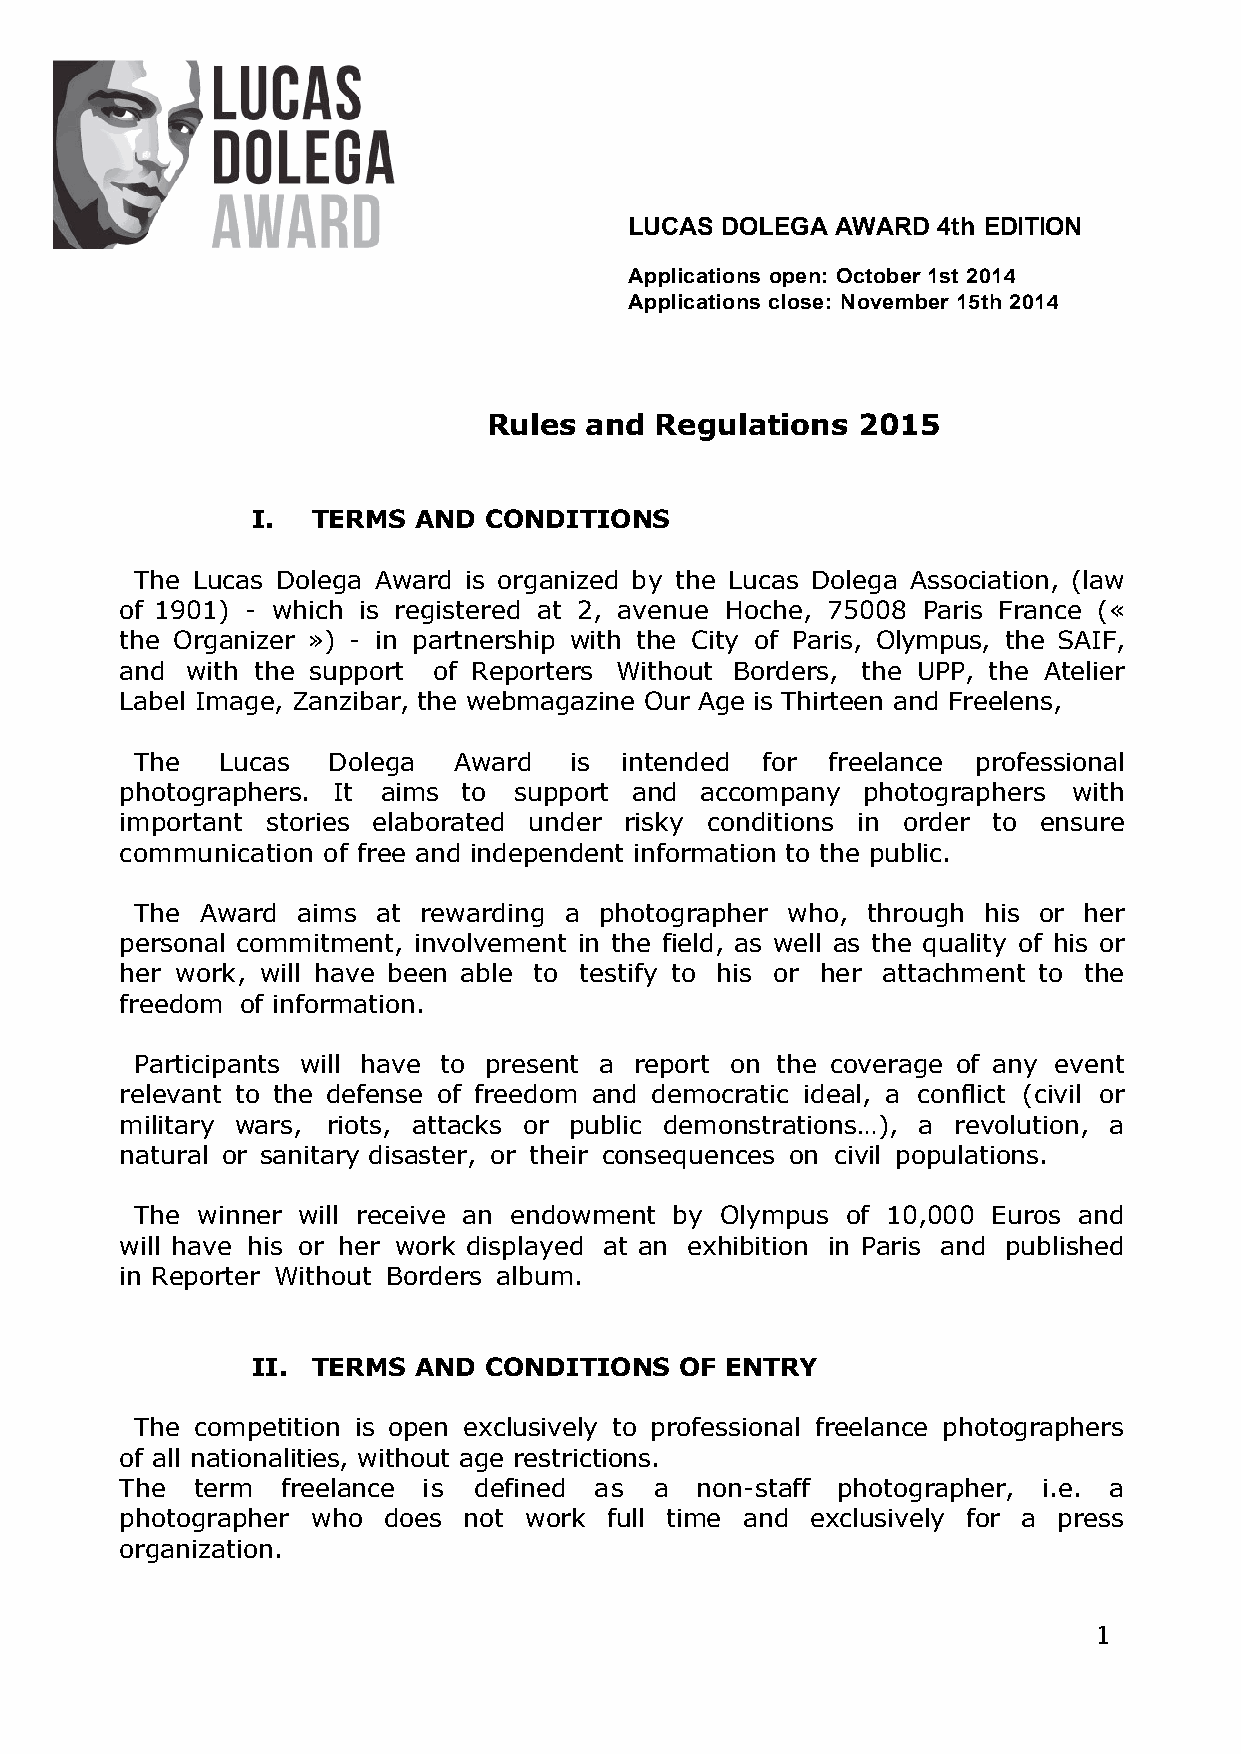
LUCAS DOLEGA AWARD  4th EDITION
 Applications open: October 1st 2014
 Applications close: November 15th 2014
 Rules  and Regulations   2015
 I.  TERMS AND  CONDITIONS
 The Lucas Dolega Award is organized by the Lucas Dolega Association, (law
 of 1901) - which is registered at 2, avenue Hoche, 75008 Paris France («
 the Organizer ») - in partnership with the City of Paris, Olympus, the SAIF,
 and with the support of Reporters Without Borders, the UPP, the Atelier
 Label Image, Zanzibar, the webmagazine Our Age is Thirteen and Freelens,
 The   Lucas  Dolega  Award   is intended for  freelance professional
 photographers. It aims to support and accompany  photographers with
 important stories elaborated under risky conditions in order to ensure
 communication of free and independent information to the public.
 The Award  aims at rewarding a photographer who, through his or her
 personal commitment, involvement in the field, as well as the quality of his or
 her work, will have been able to testify to his or her attachment to the
 freedom of information.
 Participants will have to present a report on the coverage of any event
 relevant to the defense of freedom and democratic ideal, a conflict (civil or
 military wars, riots, attacks or public demonstrations…), a revolution, a
 natural or sanitary disaster, or their consequences on civil populations.
 The winner will receive an endowment by Olympus of 10,000 Euros and
 will have his or her work displayed at an exhibition in Paris and published
 in Reporter Without Borders album.
 II. TERMS AND  CONDITIONS   OF ENTRY
 The competition is open exclusively to professional freelance photographers
 of all nationalities, without age restrictions.
 The  term  freelance is defined as a  non-staff photographer, i.e. a
 photographer who does  not work full time and exclusively for a press
 organization.
 1